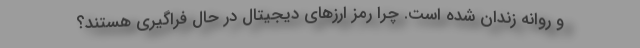
و روانه زندان شده است. چرا رمز ارزهای دیجیتال در حال فراگیری هستند؟